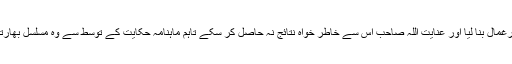
افسوس کہ اس تحریک کو بعد میں چند سیاستدانوں نے یرغمال بنا لیا اور عنایت اللہ صاحب اس سے خاطر خواہ نتائج نہ حاصل کر سکے تاہم ماہنامہ حکایت کے توسط سے وہ مسلسل بھارتی ثقافتی یلغار کے خلاف مضبوط آواز بلند کرتے رہے۔